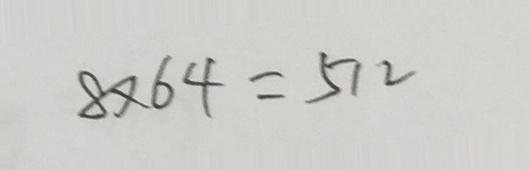
8 \times 6 4 = 5 1 2